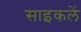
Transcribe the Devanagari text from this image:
साइकलें